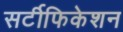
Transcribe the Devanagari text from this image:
सर्टीफिकेशन